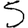
Digit: 5